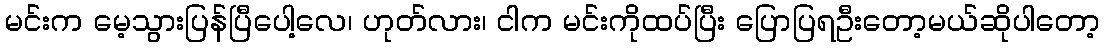
မင်းက မေ့သွားပြန်ပြီပေါ့လေ၊ ဟုတ်လား၊ ငါက မင်းကိုထပ်ပြီး ပြောပြရဦးတော့မယ်ဆိုပါတော့